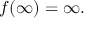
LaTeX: f ( \infty ) = \infty .